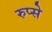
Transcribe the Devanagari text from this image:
रुप्से